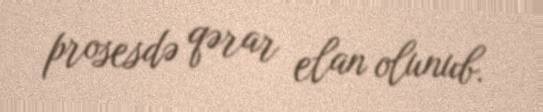
prosesdə qərar elan olunub.